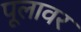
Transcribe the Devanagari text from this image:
पूलावर